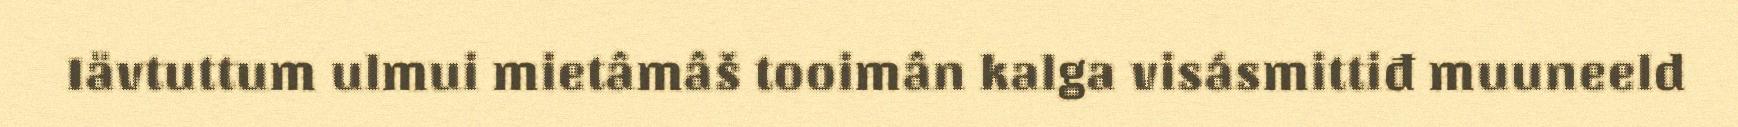
Iävtuttum ulmui mietâmâš tooimân kalga visásmittiđ muuneeld